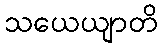
သယေယျာတိ